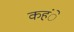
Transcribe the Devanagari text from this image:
कहंे